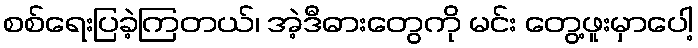
စစ်ရေးပြခဲ့ကြတယ်၊ အဲ့ဒီဓားတွေကို မင်း တွေ့ဖူးမှာပေါ့